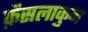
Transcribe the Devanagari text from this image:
फ़ैसलाकुन